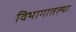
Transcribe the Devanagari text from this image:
विभागातल्या